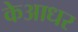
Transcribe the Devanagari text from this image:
केआधर